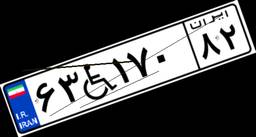
۶۳W۱۷۰۸۲